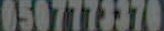
0507773370